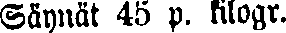
Säynät 45 p. kilogr.